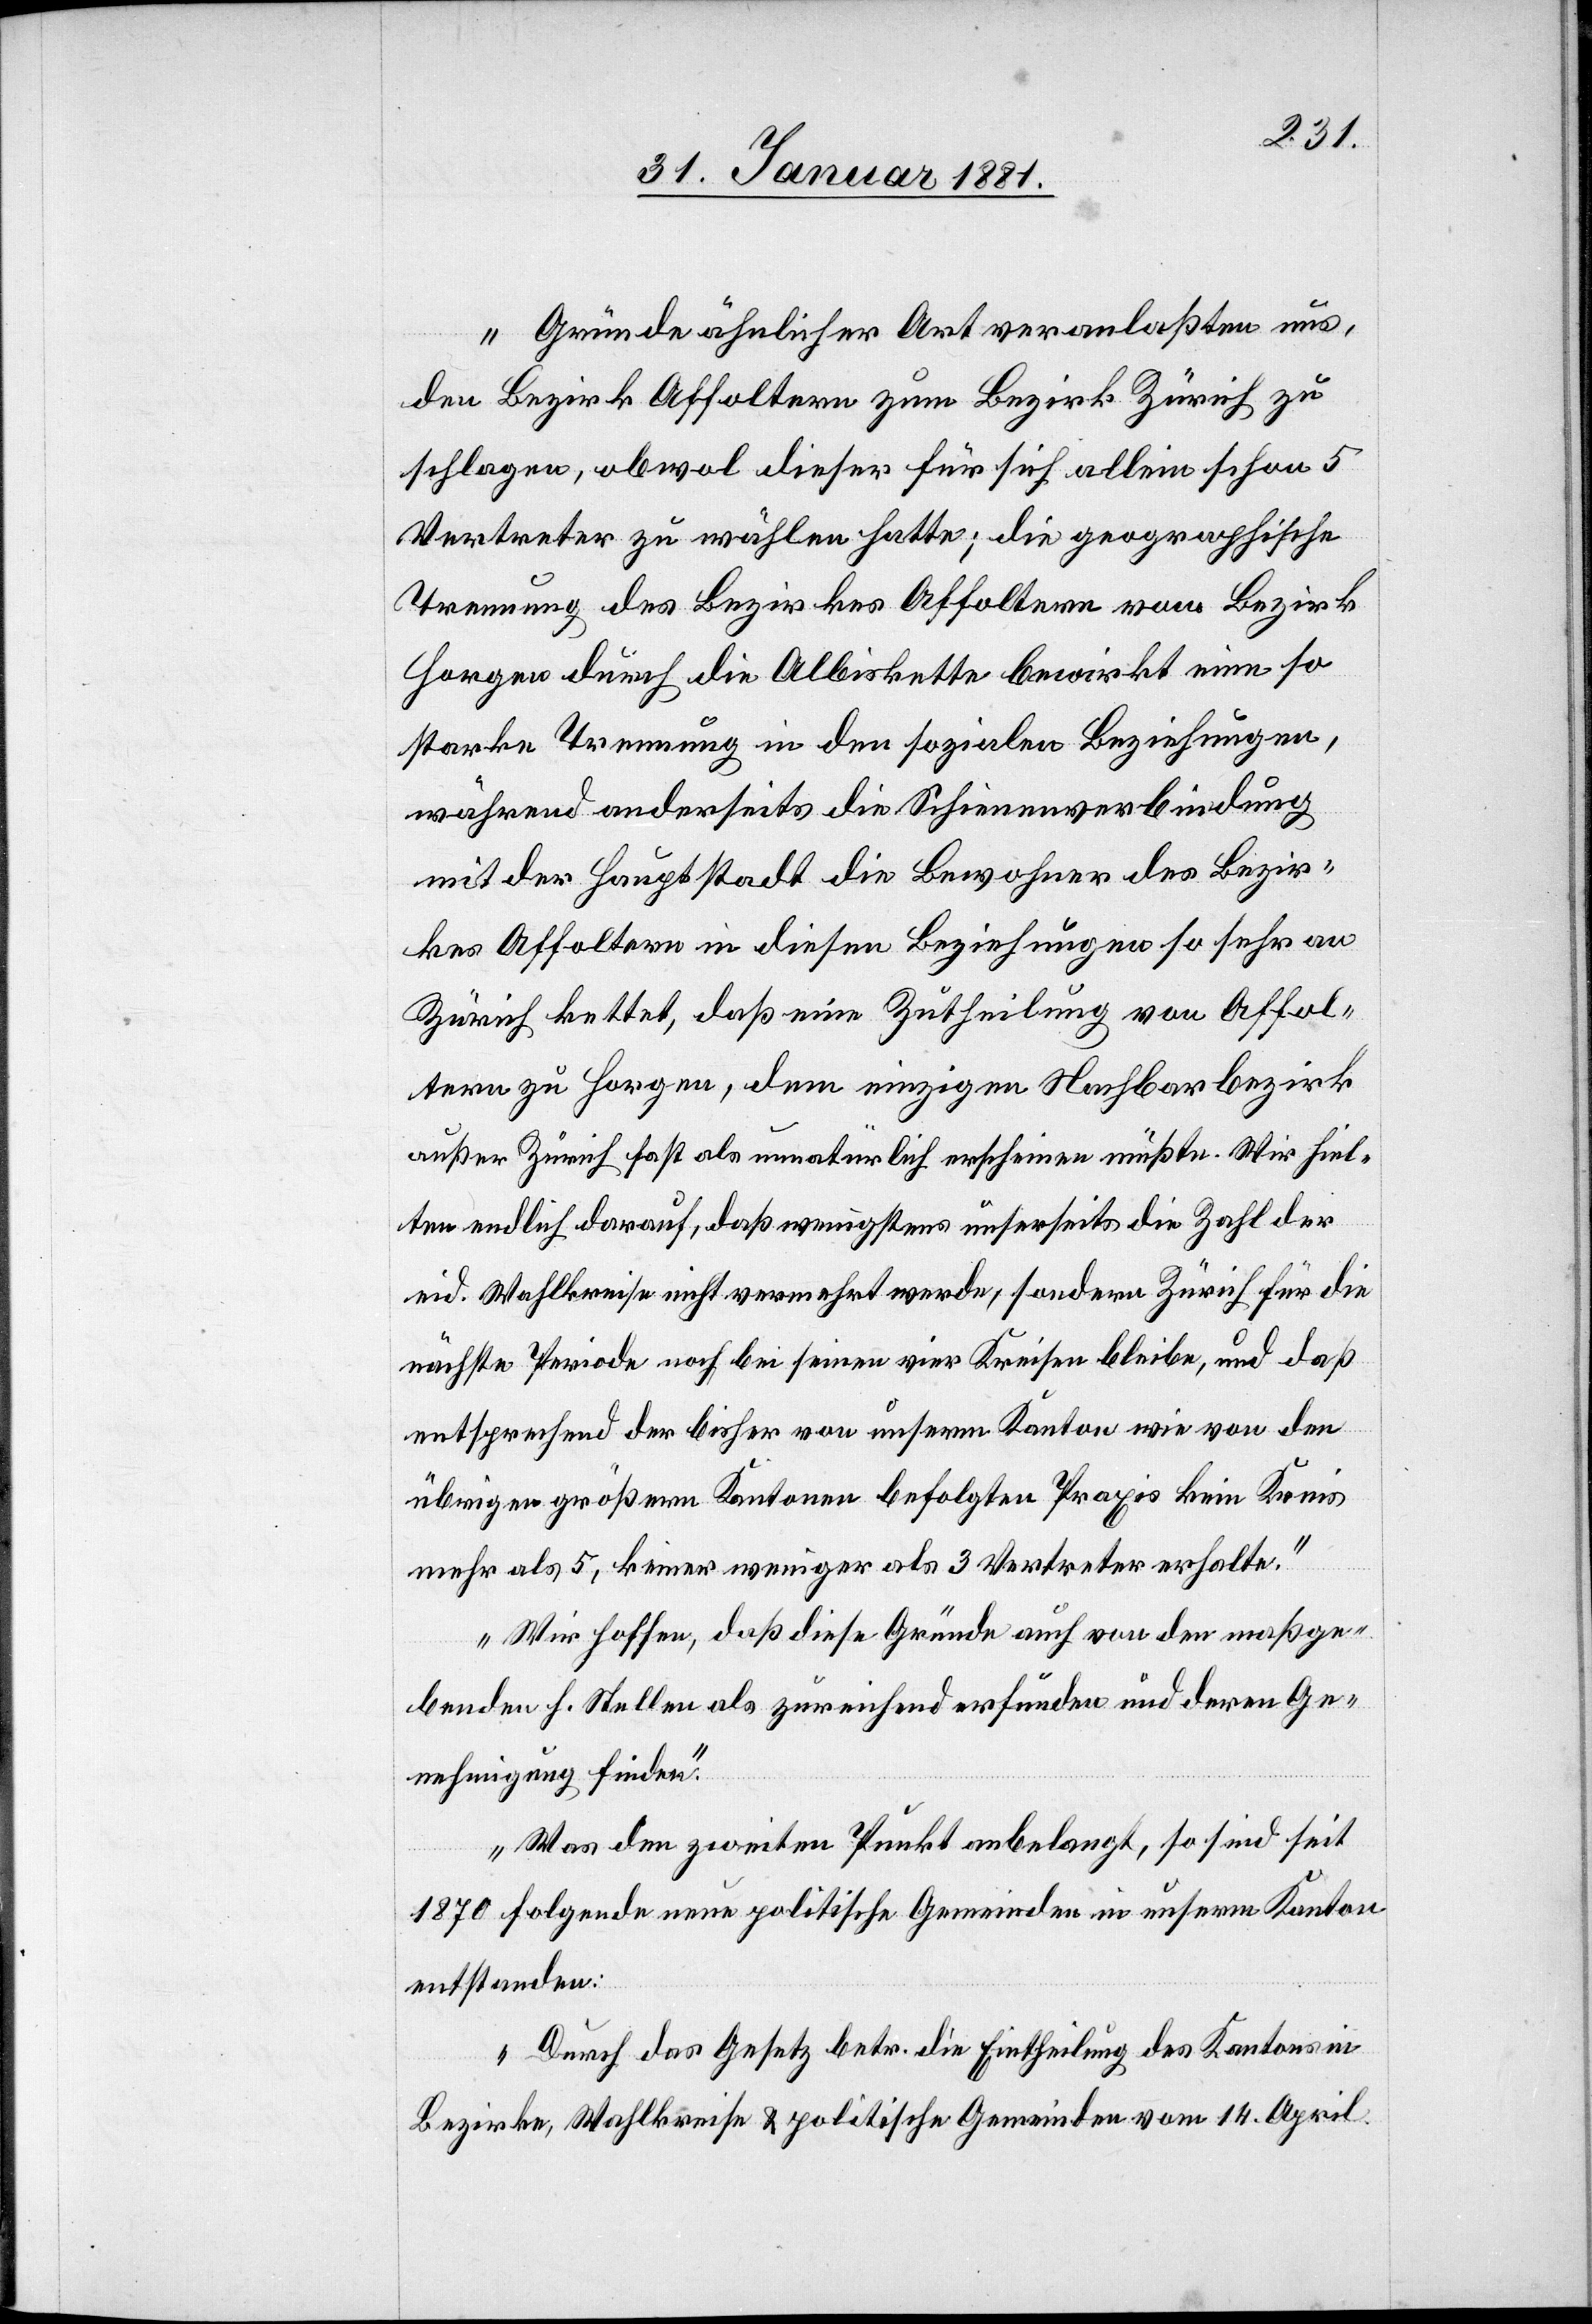
„Gründe ähnlicher Art veranlaßten uns,
den Bezirk Affoltern zum Bezirk Zürich zu
schlagen, obwol dieser für sich allein schon 5
Vertreter zu wählen hatte; die geographische
Trennung des Bezirkes Affoltern vom Bezirks
Horgen durch die Albiskette bewirkt eine so
starke Trennung in den sozialen Beziehungen,
während anderseits die Schienenverbindung
mit der Hauptstadt die Bewohner des Bezir¬
kes Affoltern in diesen Beziehungen so sehr an
Zürich kettet, daß eine Zutheilung von Affol¬
tern zu Horgen, dem einzigen Nachbarbezirks
außer Zürich fast als unnatürlich erscheinen müßte. Wir hiel¬
ten endlich darauf, daß wenigstens unserseits die Zahl der
eid. Wahlkriese nicht vermehrt werde, sondern Zürich für die
nächste Periode noch bei seinen vier Kreisen bleibe, und daß
entsprechend der bisher von unserm Kanton wie von den
übrigen größern Kantonen befolgten Praxis kein Kreis
mehr als 5, keiner weniger als 3 Vertreter erhalte.“
„Wir hoffen, daß diese Gründe auch von den maßge¬
benden h. Stellen als zureichend erfunden und deren Ge¬
nehmigung finden.“
„Was den zweiten Punkt anbelangt, so sind seit
1870 folgende neue politische Gemeinden in unserm Kanton
entstanden:
„Durch das Gesetz betr. die Eintheilung des Kantons in
Bezirke, Wahlkreise & politische Gemeinden vom 14 April